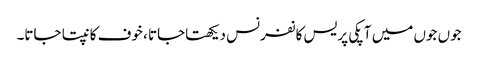
جوں جوں میں آپکی پریس کانفرنس دیکھتاجاتا ، خوف کانپتا جاتا۔